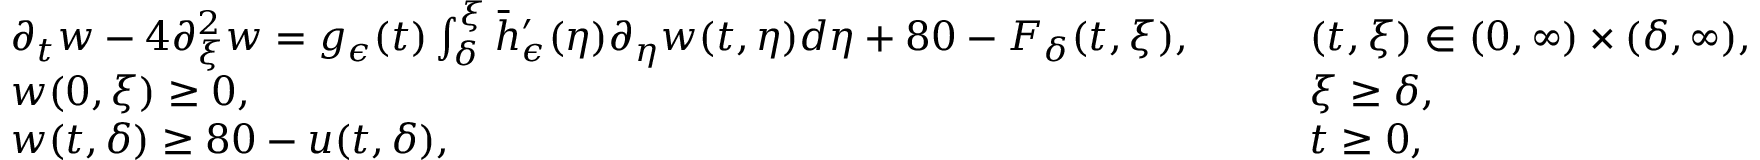
\begin{array} { r l r l } & { \partial _ { t } w - 4 \partial _ { \xi } ^ { 2 } w = g _ { \epsilon } ( t ) \int _ { \delta } ^ { \xi } \bar { h } _ { \epsilon } ^ { \prime } ( \eta ) \partial _ { \eta } w ( t , \eta ) d \eta + 8 0 - F _ { \delta } ( t , \xi ) , \quad } & & { ( t , \xi ) \in ( 0 , \infty ) \times ( \delta , \infty ) , } \\ & { w ( 0 , \xi ) \geq 0 , \quad } & & { \xi \geq \delta , } \\ & { w ( t , \delta ) \geq 8 0 - u ( t , \delta ) , \quad } & & { t \geq 0 , } \end{array}